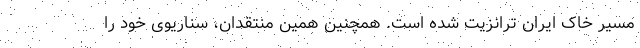
مسیر خاک ایران ترانزیت شده است. همچنین همین منتقدان، سناریوی خود را